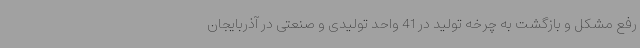
رفع مشکل و بازگشت به چرخه تولید در 41 واحد تولیدی و صنعتی در آذربایجان